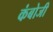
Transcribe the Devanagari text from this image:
कंबोजी